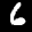
Label: 6